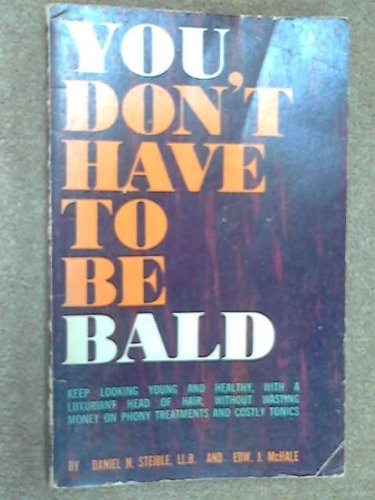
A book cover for You Don't Have to be Bald; Daniel N. Steible; Health, Fitness & Dieting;